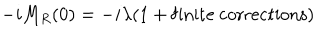
- i M _ { R } ( 0 ) = - i \lambda ( 1 + \mathrm { f i n i t e \ c o r r e c t i o n s } )